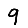
Digit: 9